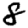
Digit: 8